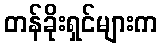
တန်ခိုးရှင်များက